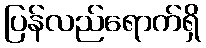
ပြန်လည်ရောက်ရှိ